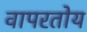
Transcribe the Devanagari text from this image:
वापरतोय